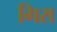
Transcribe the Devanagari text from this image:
गिरा